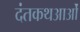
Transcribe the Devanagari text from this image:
दंतकथआओं